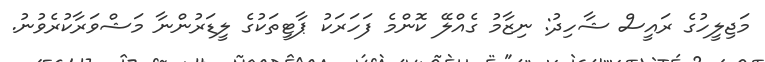
މަޖިލީހުގެ ރައީސް ޝާހިދު: ނިޒާމު ގެއްލޭ ކޮންމެ ފަހަރަކު ޕާޓީތަކުގެ ލީޑަރުންނާ މަޝްވަރާކުރެވުނު.